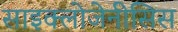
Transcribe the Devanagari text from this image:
साइक्लोजेनीसिस